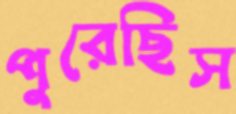
পুরেছিস